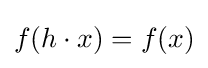
f(h\cdot x)=f(x)